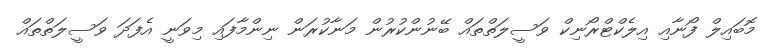
މޮބައިލް ފޯނާއި އިލެކްޓްރޯނިކް ވަސީލަތްތައް ބޭނުންކުރުން މަނާކުރަން ނިންމާފައި މިވަނީ އެފަދަ ވަސީލަތްތައް